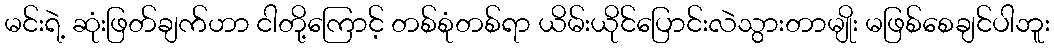
မင်းရဲ့ ဆုံးဖြတ်ချက်ဟာ ငါတို့ကြောင့် တစ်စုံတစ်ရာ ယိမ်းယိုင်ပြောင်းလဲသွားတာမျိုး မဖြစ်စေချင်ပါဘူး